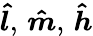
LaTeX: \boldsymbol{\hat{l}},\, \boldsymbol{\hat{m}},\, \boldsymbol{\hat{h}}